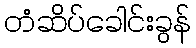
တံဆိပ်ခေါင်းခွန်